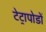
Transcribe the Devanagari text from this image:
टेट्रापोडों